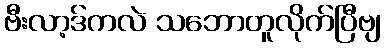
ဗီးလာ့ဒ်ကလဲ သဘောတူလိုက်ပြီဗျ